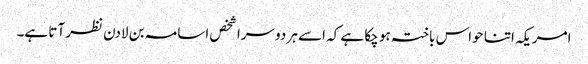
امریکہ اتنا حواس باختہ ہو چکا ہے کہ اسے ہر دوسرا شخص اسامہ بن لادن نظر آتا ہے۔